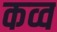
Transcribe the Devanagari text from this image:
कव्व